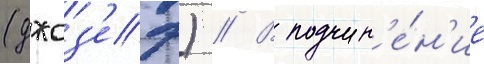
(джоз'еф) // В подчин'е́н'ие